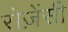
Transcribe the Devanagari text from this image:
रोज़ेंसी